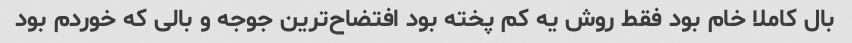
بال کاملا خام بود فقط روش یه کم پخته بود افتضاح‌ترین جوجه و بالی که خوردم بود